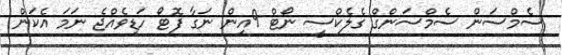
ސެމްސަން ސެމްސަންގް ގެލެކްސީ ނޯޓް 9އިން ނަގާ ފޮޓޯ ހަޑިވެއްޖެ ނަމަ އެކަން